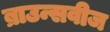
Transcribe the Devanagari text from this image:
ब्राउन्सवीज